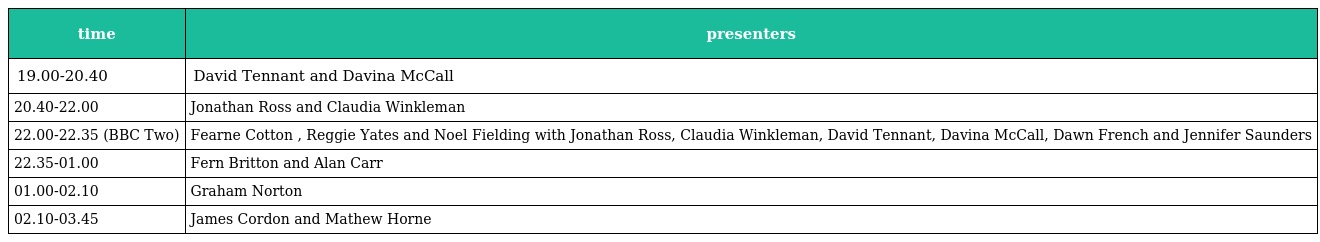
| time | presenters |
 | --- | --- |
 | 19.00-20.40 | David Tennant and Davina McCall |
 | 20.40-22.00 | Jonathan Ross and Claudia Winkleman |
 | 22.00-22.35 (BBC Two) | Fearne Cotton , Reggie Yates and Noel Fielding with Jonathan Ross, Claudia Winkleman, David Tennant, Davina McCall, Dawn French and Jennifer Saunders |
 | 22.35-01.00 | Fern Britton and Alan Carr |
 | 01.00-02.10 | Graham Norton |
 | 02.10-03.45 | James Cordon and Mathew Horne |